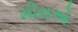
મીરાએ